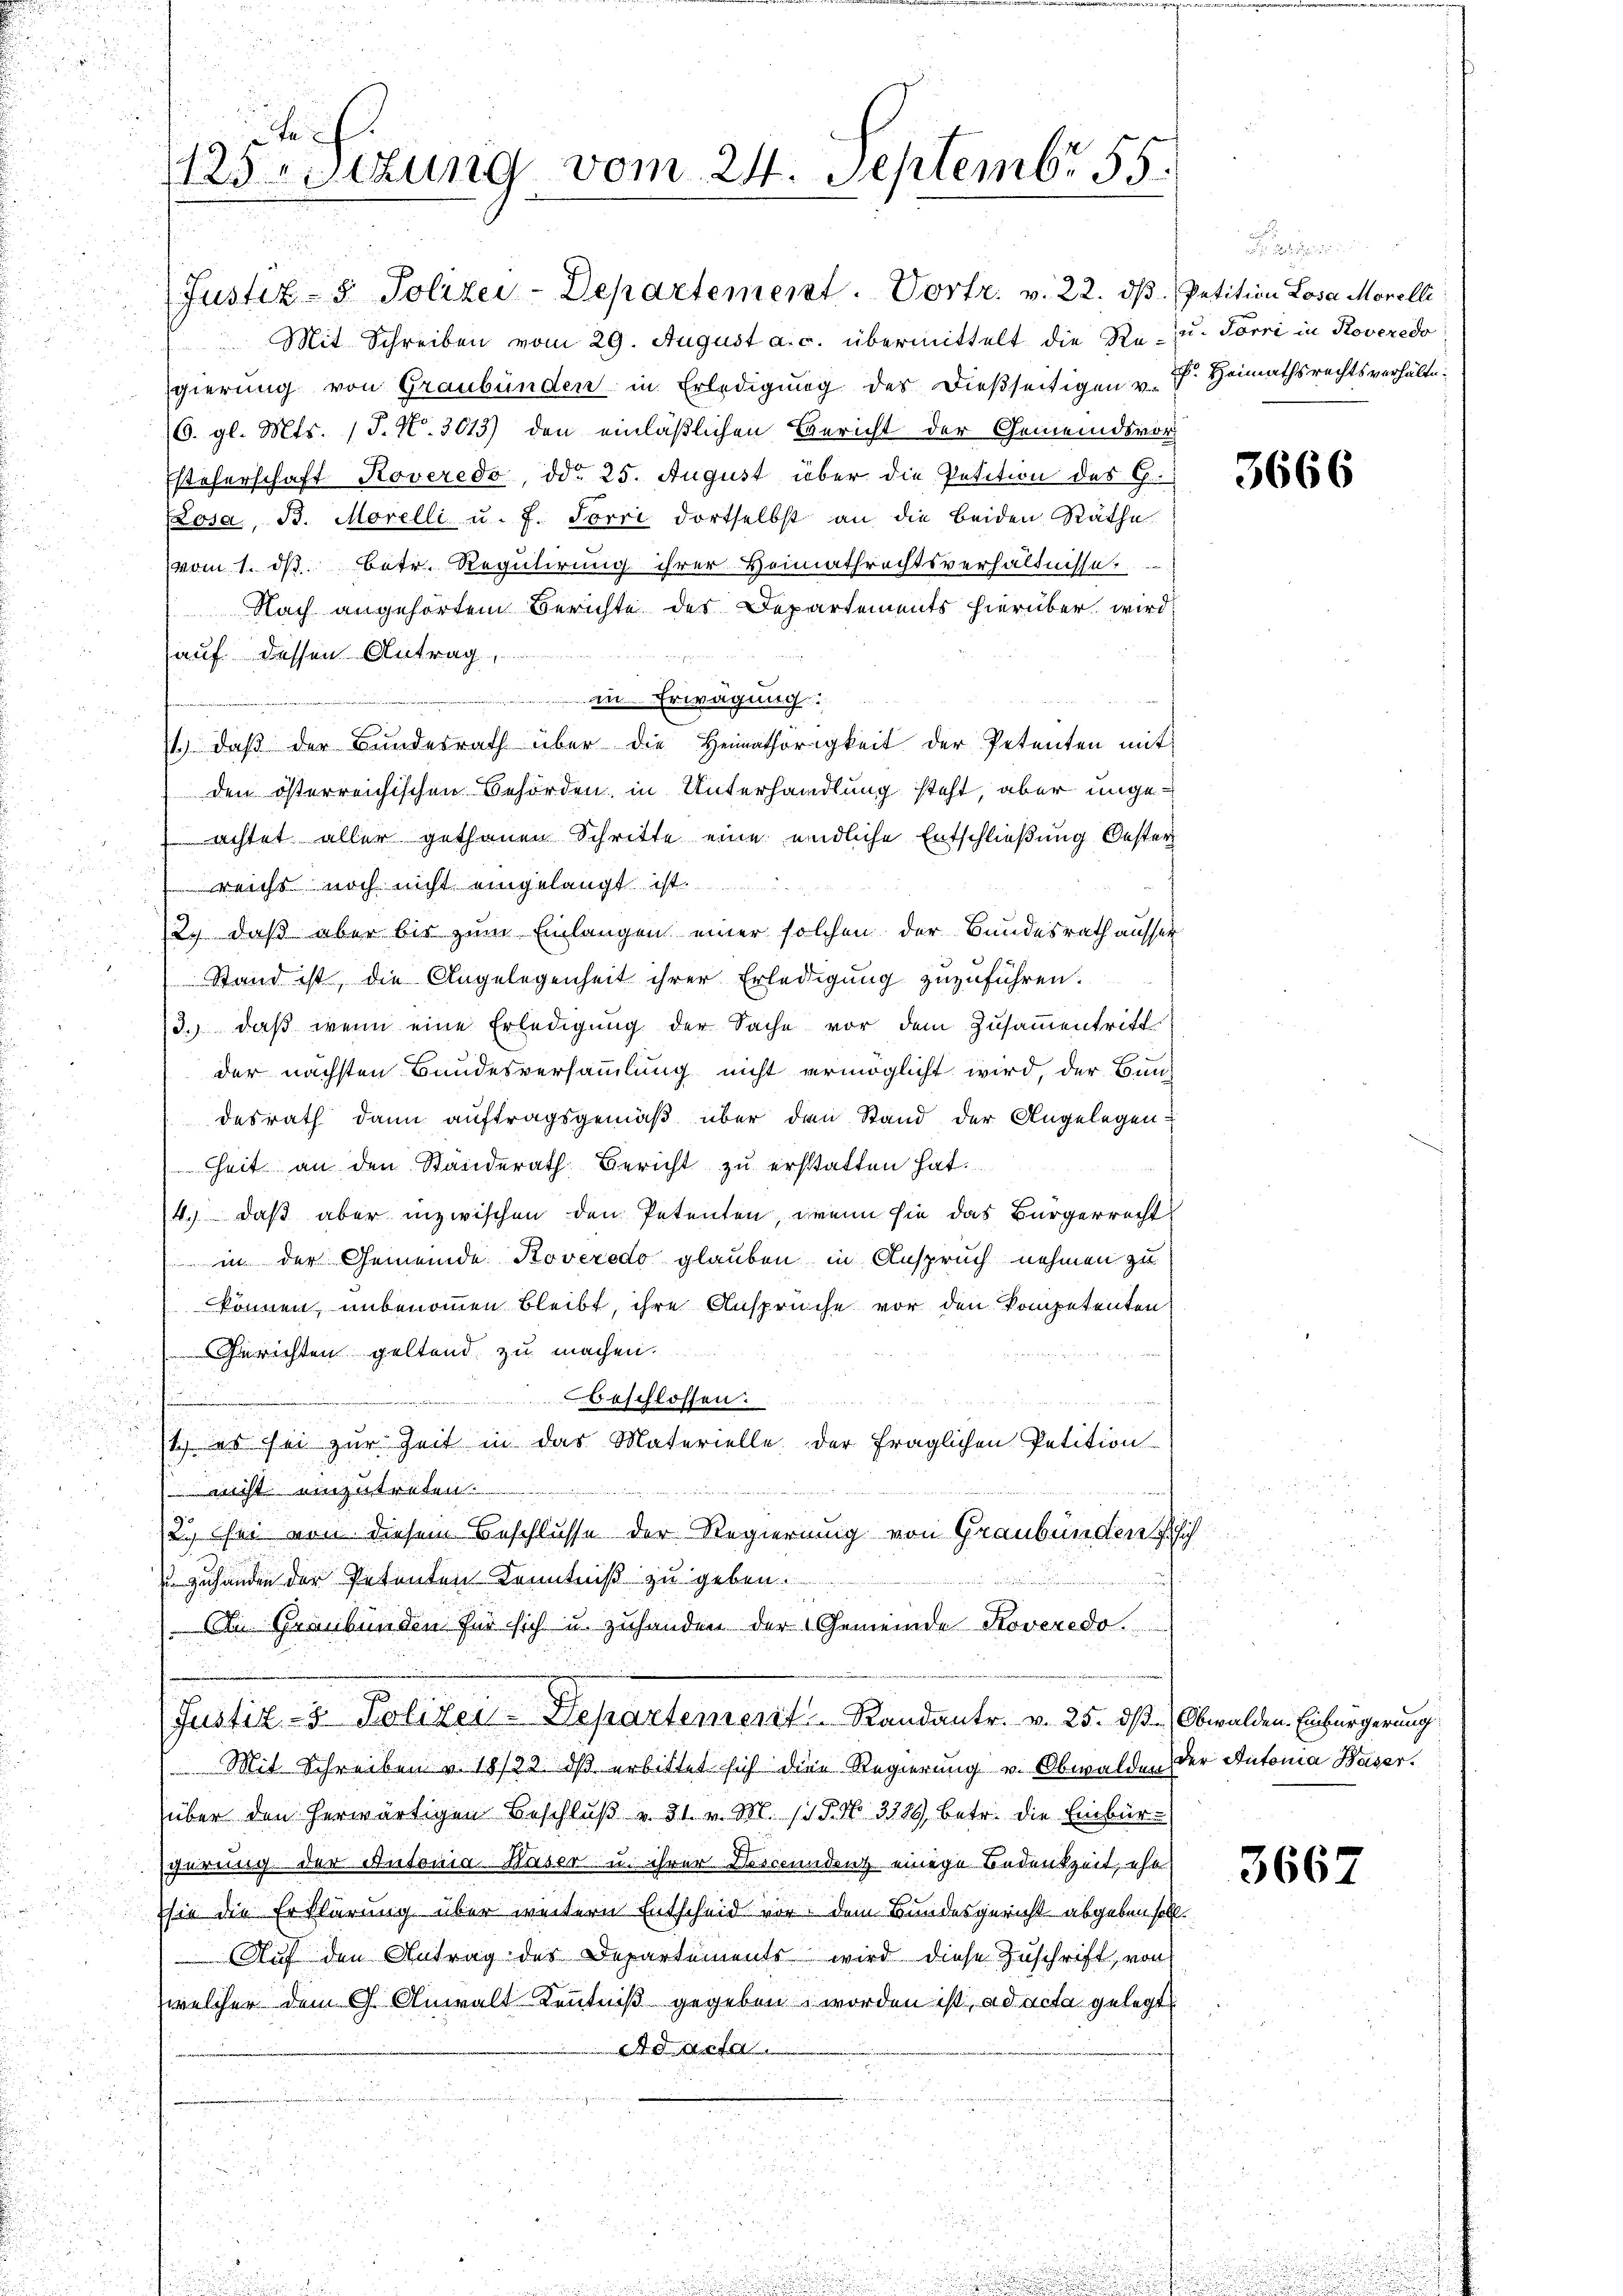
ech.
123 rettung vom 24. Septembr 55.

Justiz- & Polizei-Departement. Vortr. v. 22. dβ. Petition Losa Morelli
Mit Schreiben vom 29. August a. c. übermittelt die Re- u. Törri in Roveredo
gierung von Graubünden in Erledigung des dießseitigen u. F. Heimathsrechtsverhältn
6. gl. Mts. (T. N. 3013) den einläßlichen Bericht der Gemeindsvor
Esteherschaft Roveredo, ddo 25. August über die Petition des G.
Losa, B. Morelli u. f. Forri dortselbst an die beiden Räthe
vom 1. ds. betr. Regulirung ihrer Heimathrechtsverhältnisse.
Nach angehörtem Berichte des Departements hierüber wird,
auf dessen Antrag
in Erwägung
1.) daß der Bundesrath über die Heimathörigkeit der Petenten mit
den österreichischen Behörden, in Unterhandlung steht, aber unge¬
 achtet aller gethanen Schritte eine eidliche Entschließung Oesterweichs noch nicht eingelangt ist.
2.) daß aber bis zum Einlangen einer solchen der Bundesrath ausser
Stand ist, die Angelegenheit ihrer Erledigung zuzuführen.
3. daβ wenn eine Erledigung der Sache vor dem Zusammentritt
der nächsten Bundesversammlung nicht ermöglicht wird, der Bundesrath dann auftragsgemäß über den Stand der Angelegen
heit an den Standerath Bericht zu erstatten hat.
4.) Daß aber inzwischen den Petenten, wenn sie das Bürgerrecht
 in der Gemeinde Roveredo glauben in Anspruch nehmen zu
können, unbenommen bleibt, ihre Ansprüche vor den kompetenten
Gerichten geltend zu machen.
beschlossen.
1. es sei zur Zeit in das Materielle der fraglichen Petition
 nicht einzutreten.
12., sei von diesem Beschlusse der Regierung von Graubünden hi
 zuhanden der Petenten Kenntniß zu geben.
An Graubünden für sich u. zuhanden der Gemeinde Roveredo
Justiz- & Polizei Departenrent   Randants. v. 25. ds. Obwalden Einbürgerung
Mit Schreiben v. 18/22. dß erbittet sich die Regierung u. Obwalden der Automa Waser,
über den herwärtigen Beschlŭβ v. 31. v. M. 11. No. 3729, betr. die Einbür-
gerung der Antonia Haser u. ihrer Dreccundent einige Bedenkzeit, ehe
sie die Erklärung über weitern Entscheid vor dem Bundesgericht abgeben soll.
Auf den Antrag des Departements wird diese Zuschrift, von
welcher dem G. Anwalt Kenntniß gegeben worden ist, ad acta gelegt

3666

3667